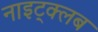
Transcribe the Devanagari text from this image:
नाइट्क्लब